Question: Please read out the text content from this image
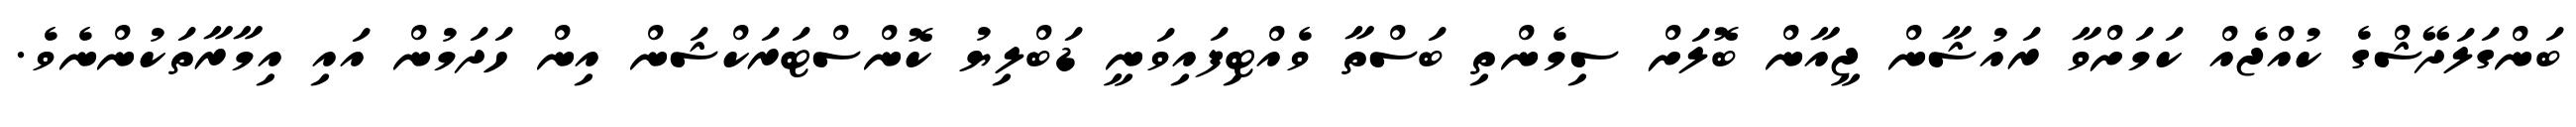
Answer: ބަންގަލަދޭޝްގެ ކުއްޖެއް ކަމަށްވާ ރައުޝާން ޖީއާން ބޮލަށް ސިމެންތި ބަސްތާ ވެއްޓިފައިވަނީ ޑަބްލިޔު ކޮންސްޓަރަކްޝަން އިން ހަދަމުން އައި އިމާރާތަކުންނެވެ.